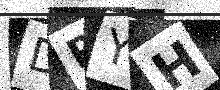
Text: DRYH